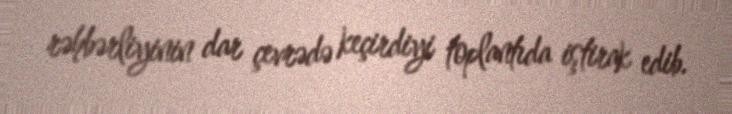
rəhbərliyinin dar çevrədə keçirdiyi toplantıda iştirak edib.